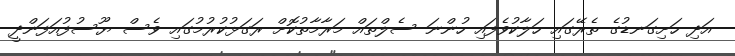
އަދި ހަށިގަނޑުގެ ތެރޭގައި ހަލާކުވެފައި ހުންނަ ސެލްތައް މަރާމާތުކޮށް ރަގަޅުކުރުމުގައި ވެސް ޔޫސުފުއަފަންދީ